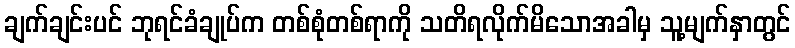
ချက်ချင်းပင် ဘုရင်ခံချုပ်က တစ်စုံတစ်ရာကို သတိရလိုက်မိသောအခါမှ သူ့မျက်နှာတွင်